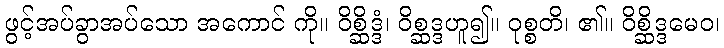
ဖွင့်အပ်ခွာအပ်သော အကောင် ကို။ ဝိစ္ဆိဒ္ဒံ၊ ဝိစ္ဆဒ္ဒဟူ၍။ ဝုစ္စတိ၊ ၏။ ဝိစ္ဆိဒ္ဒမေဝ၊